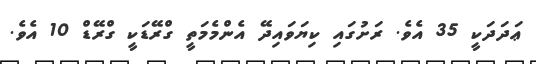
ޢަދަދަކީ 35 އެވެ. ރަށުގައި ކިޔަވައިދޭ އެންމެމަތީ ގްރޭޑަކީ ގްރޭޑް 10 އެވެ.